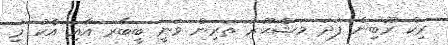
ރިކް ރޫބިން ފަދަ މަޝްޙޫރު ތަރިން ވަނީ ބީބާރ އާއި އެކު މި